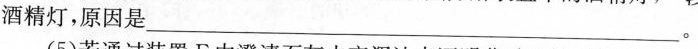
酒精灯，原因是___。